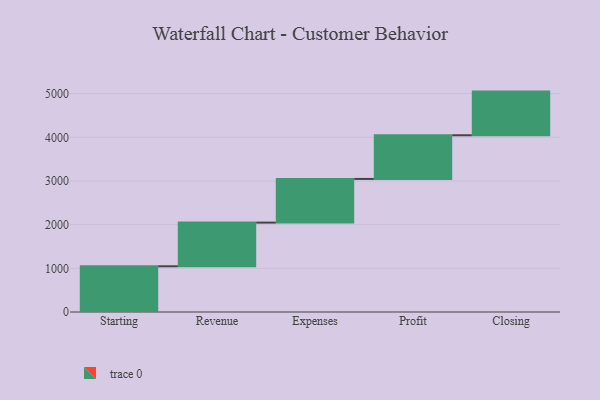
{"axis": {"x": "Step", "y": "Value"}, "legend": [""], "data": [{"x": "Starting", "y": 1047.0, "type": ""}, {"x": "Revenue", "y": 1000, "type": ""}, {"x": "Expenses", "y": 1000, "type": ""}, {"x": "Profit", "y": 1000, "type": ""}, {"x": "Closing", "y": 1000, "type": ""}]}